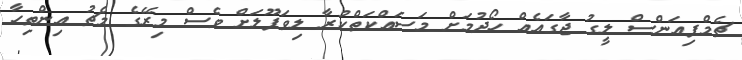
ޗެމްޕިއަންސް ލީގު ޖާގައެއް ހޯދުމަށް މަސައްކަތްކުރާ ލިވަޕޫލަށް ވެސް މިރޭގެ މެޗު އިންތިހާ